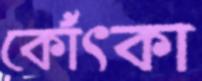
কোঁৎকা